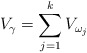
\begin{align*} V_\gamma=\sum_{j=1}^{k}V_{\omega_j}\end{align*}